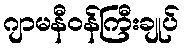
ဂျာမနီဝန်ကြီးချုပ်